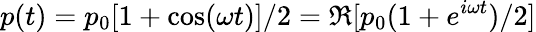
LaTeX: p(t)=p_{0}[1+\cos(\omega t)]/2=\Re[p_{0}(1+e^{i\omega t})/2]